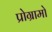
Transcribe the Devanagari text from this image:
प्रोग्रामो